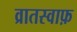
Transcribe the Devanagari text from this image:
व्रातस्वाफ़